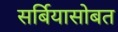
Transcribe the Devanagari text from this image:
सर्बियासोबत